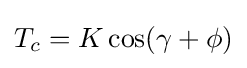
{\textstyle T_{c}=K\cos(\gamma +\phi )}